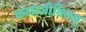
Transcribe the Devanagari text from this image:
कलाजीवितम्